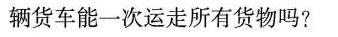
辆货车能一次运走所有货物吗?